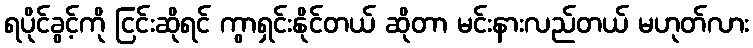
ရပိုင်ခွင့်ကို ငြင်းဆိုရင် ကွာရှင်းနိုင်တယ် ဆိုတာ မင်းနားလည်တယ် မဟုတ်လား